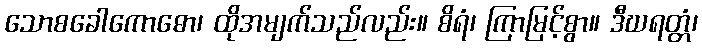
သောစခေါကောဓော၊ ထိုအမျက်သည်လည်း။ စိရံ၊ ကြာမြင့်စွာ။ ဒီဃရတ္တံ၊